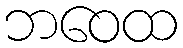
ဘဝေထ